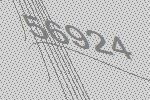
56924